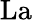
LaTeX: \mathrm{La}